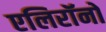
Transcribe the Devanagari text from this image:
एलिरॉनों